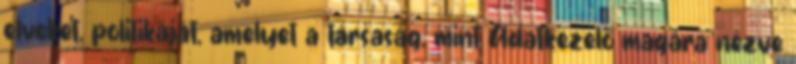
elveket, politikáját, amelyet a társaság, mint Adatkezelő magára nézve